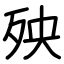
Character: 殃